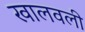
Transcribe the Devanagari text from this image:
खालवली